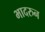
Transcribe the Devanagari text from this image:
भादरुन